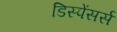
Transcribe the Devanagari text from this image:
डिस्पेंसर्स